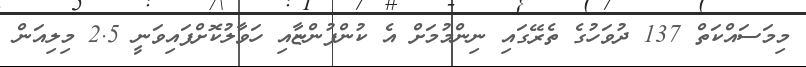
މިމަސައްކަތް 137 ދުވަހުގެ ތެރޭގައި ނިންމުމަށް އެ ކުންފުންޏާއި ހަވާލުކޮށްފައިވަނީ 2.5 މިލިއަން